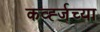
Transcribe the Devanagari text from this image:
कर्व्ह्जच्या